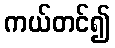
ကယ်တင်၍